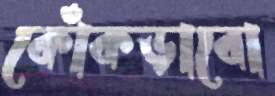
কোঁকড়াবো